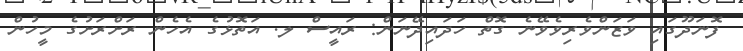
ފޮނަދޫގައި ވަޒަންވެރިވެވޭނެ ގޮތް ހަދައިދޭނަން: ރައީސް ލ. އަތޮޅުގެ އެހެން ރަށްރަށުގެ މީހުން